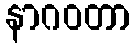
နာဂဝတာ